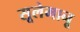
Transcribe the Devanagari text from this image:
सूलेमानू